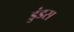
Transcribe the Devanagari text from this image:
डुंडस